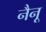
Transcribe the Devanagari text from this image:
नैनू